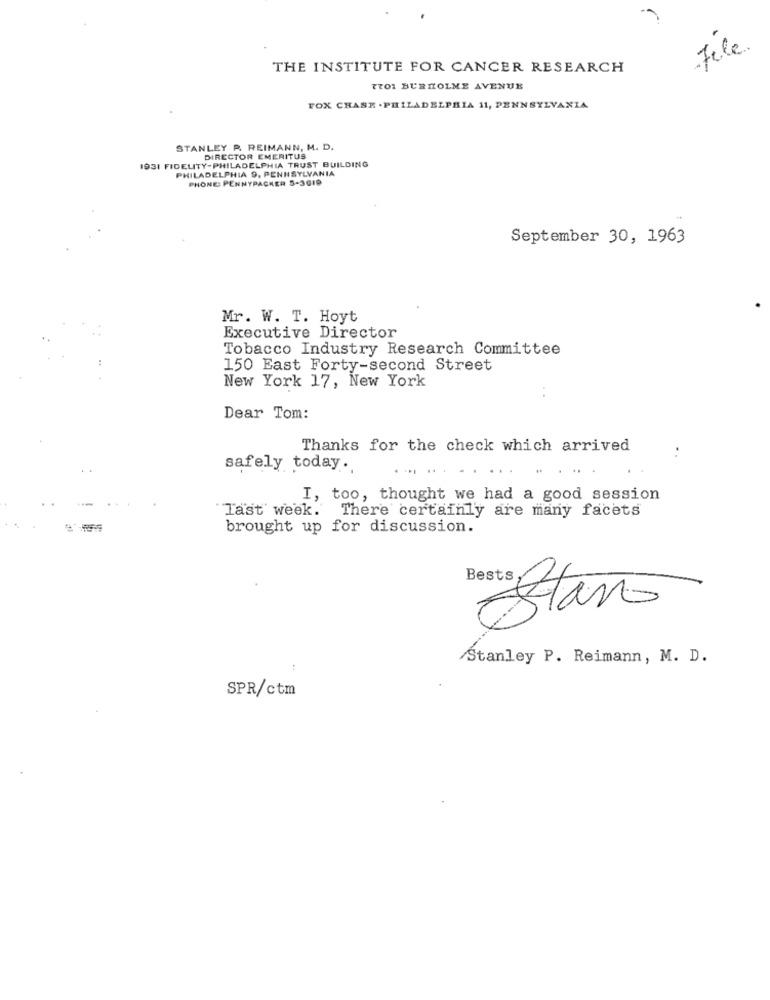
File
THE INSTITUTE FOR CANCER RESEARCH
7TO1 BURHOLME AVENUE
FOX CHASE . PHILADELPHIA 11, PENNSYLVANIA
STANLEY P. REIMANN, M. D.
DIRECTOR EMERITUS
1931 FIDELITY-PHILADELPHIA TRUST BUILDING
PHILADELPHIA 9, PENNSYLVANIA
PHONE: PENNYPACKER 5-3019
September 30, 1963
Mr. W. T. Hoyt
Executive Director
Tobacco Industry Research Committee
150 East Forty-second Street
New York 17, New York
Dear Tom:
Thanks for the check which arrived
..
safely today.
..
I, too, thought we had a good session
Tast week. There certainly are many facets
brought up for discussion.
Bests,
Stanley P. Reimann, M. D.
SPR/ctm